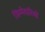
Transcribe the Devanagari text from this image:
जिम्‍मेदारियों